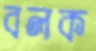
বলক